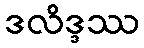
ဒလိဒ္ဒဿ